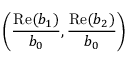
\left( \frac { \mathrm { R e } ( b _ { 1 } ) } { b _ { 0 } } , \frac { \mathrm { R e } ( b _ { 2 } ) } { b _ { 0 } } \right)